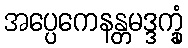
အပ္ပေကေနန္တမဒ္ဒက္ခုံ